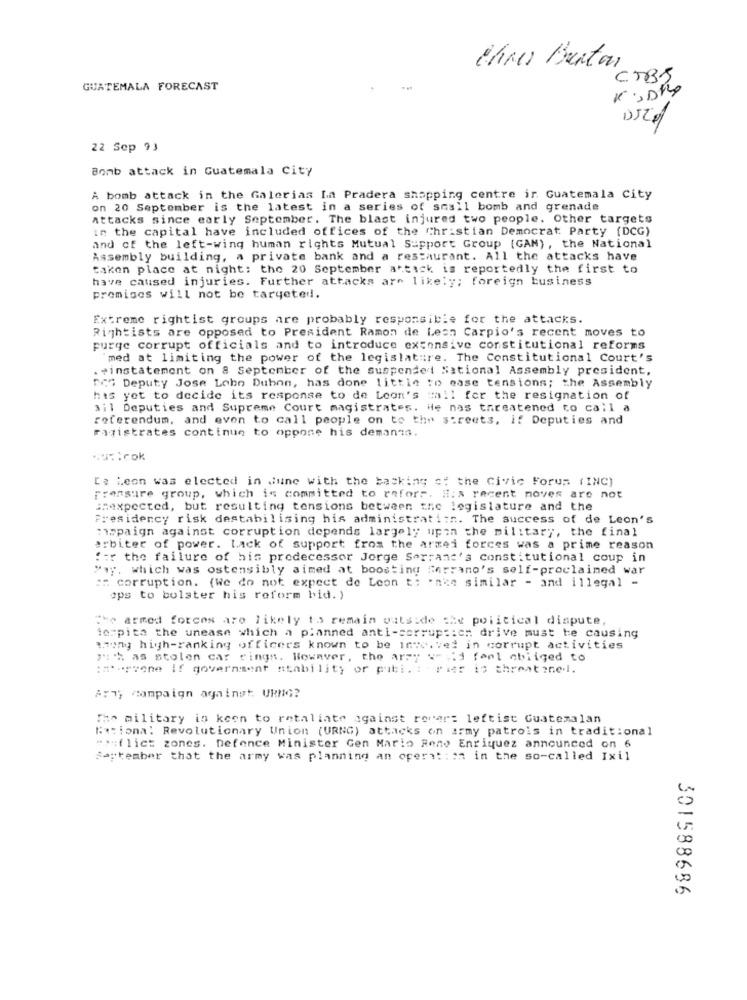
ihres Burton
CTBJ
GUATEMALA FORECAST
22 Sep 93
Bomb attack in Guatemala City
A bomb attack in the Galerias La Pradera shopping centre ir Guatemala City
on 20 September is the latest in a series of small bomb and grenade
attacks since early September. The blast injured two people. Other targets
in the capital have included offices of the Christian Democrat Party (DCG)
and of the left-wing human rights Mutual Support Group (GAN), the National
Assembly building, a private bank and a restaurant. All the attacks have
taken place at night: the 20 September attack is reportedly the first to
have caused injuries. Further attacks are likely; foreign business
premises will not be targeted.
Extreme rightist groups are probably responsible for the attacks.
Rightists are opposed to President Ramon de Lesn Carpio's recent moves to
purge corrupt officials and to introduce extensive constitutional reforms
med at limiting the power of the legislature. The Constitutional Court's
. #instatement on 8 September of the suspended National Assembly president,
DOS Deputy Jose Lobo Dubon, has done little to ease tensions; the Assembly
has yet to decide its response to de Leon's "all for the resignation of
3i1 Deputies and Supreme Court magistrates. ile nas threatened to call a
referendum, and even to call people on to the streets, if Deputies and
Fazistrates continue to oppone his demanns.
===: cok
De Leon was elected in dune with the backing of the Civic Forum (INC)
Fransure group, which is committed to refors. H:s recent noves are not
Ghexpected, but resulting tensions between the legislature and the
Presidency risk destabilising his administratitn. The success of de Leon's
mapaign against corruption depends largely upon the military, the final
arbiter of power. Lack of support from the armei forces was a prime reason
for the failure of his predecessor Jorge Serrans's constitutional coup in
"ay, which was ostensibly aimed at boosting ferrano's self-proclaimed war
:: corruption. (We do not expect de Leon to 'nie similar - and illegal -
ops to bolster his reform bid. )
The armed forces are likely to remain outside the political dispute,
torpita the unease which a planned anti-serrups:er drive must te causing
wwwny high-ranking officers known to be involved in corrupt activities
juh as stolen car rings. However, the army weid font obliged to
astuyvone if government stability or publ. : pier is threatened.
Ary, campaign against. URNG?
The military is keen to retaliate against recar: leftist Guatemalan
Eationa: Revolutionary Union (URNG) attacks on army patrois in traditional
" ** flict zones. Defence Minister Gen Mario Reno Enriquez announced on 6
September that the army was planning an operation in the so-called Ixil
301588686